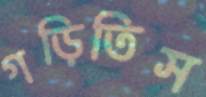
গড়িতিস